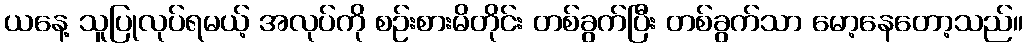
ယနေ့ သူပြုလုပ်ရမယ့် အလုပ်ကို စဉ်းစားမိတိုင်း တစ်ခွက်ပြီး တစ်ခွက်သာ မော့နေတော့သည်။